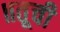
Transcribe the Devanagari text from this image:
॥तूची